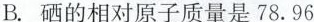
B.硒的相对原子质量是78.96